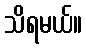
သိရမယ်။